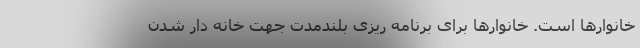
خانوارها است. خانوارها برای برنامه ریزی بلندمدت جهت خانه دار شدن